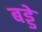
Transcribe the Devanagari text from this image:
बड्डे